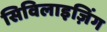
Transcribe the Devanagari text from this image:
सिविलाइज़िंग